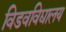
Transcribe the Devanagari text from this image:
विडवविद्यालय